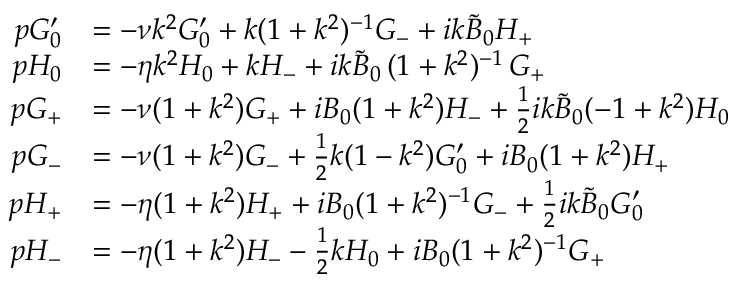
\begin{array} { r l } { p G _ { 0 } ^ { \prime } } & { = - \nu k ^ { 2 } G _ { 0 } ^ { \prime } + { k } ( 1 + k ^ { 2 } ) ^ { - 1 } G _ { - } + i k \tilde { B } _ { 0 } H _ { + } } \\ { p H _ { 0 } } & { = - \eta k ^ { 2 } H _ { 0 } + k H _ { - } + i k \tilde { B } _ { 0 } \, ( 1 + k ^ { 2 } ) ^ { - 1 } \, G _ { + } } \\ { p G _ { + } } & { = - \nu ( 1 + k ^ { 2 } ) G _ { + } + i B _ { 0 } ( 1 + k ^ { 2 } ) H _ { - } + \frac { 1 } { 2 } { i k \tilde { B } _ { 0 } } ( - 1 + k ^ { 2 } ) H _ { 0 } } \\ { p G _ { - } } & { = - \nu ( 1 + k ^ { 2 } ) G _ { - } + \frac { 1 } { 2 } k ( 1 - k ^ { 2 } ) G _ { 0 } ^ { \prime } + i B _ { 0 } ( 1 + k ^ { 2 } ) H _ { + } } \\ { p H _ { + } } & { = - \eta ( 1 + k ^ { 2 } ) H _ { + } + i B _ { 0 } ( 1 + k ^ { 2 } ) ^ { - 1 } G _ { - } + \frac { 1 } { 2 } i k \tilde { B } _ { 0 } G _ { 0 } ^ { \prime } } \\ { p H _ { - } } & { = - \eta ( 1 + k ^ { 2 } ) H _ { - } - \frac { 1 } { 2 } k H _ { 0 } + i B _ { 0 } ( 1 + k ^ { 2 } ) ^ { - 1 } G _ { + } } \end{array}